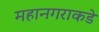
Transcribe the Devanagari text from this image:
महानगराकडे